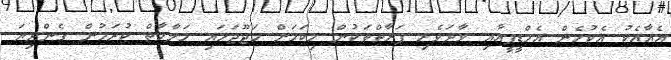
އެއާއެކު އެކުހެން އެމްޑީޕީއާއި ވާދަވެރި ފަރާތްތަކުން މިކަމަށް ހަޖޫޖަހައި މަލާމާތް ކުރަމުން ގެންދިޔަ